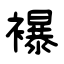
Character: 襮